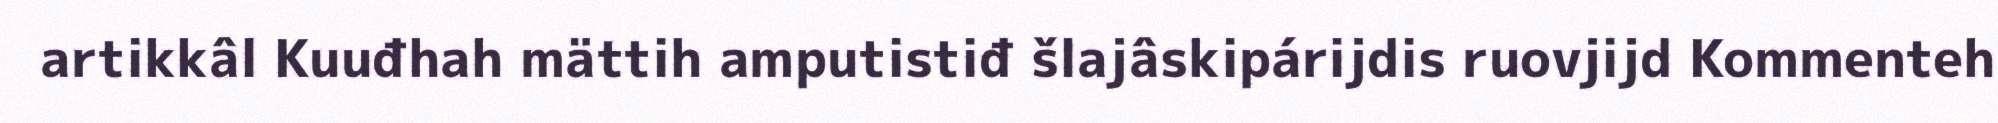
artikkâl Kuuđhah mättih amputistiđ šlajâskipárijdis ruovjijd Kommenteh